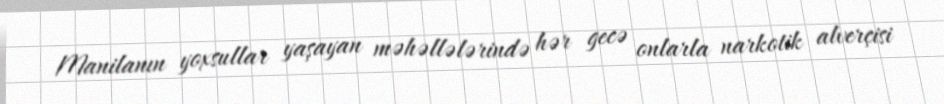
Manilanın yoxsullar yaşayan məhəllələrində hər gecə onlarla narkotik alverçisi